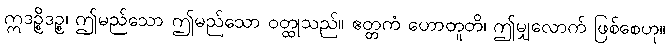
ဣဒဉ္စိဒဉ္စ၊ ဤမည်သော ဤမည်သော ဝတ္ထုသည်။ ဧတ္တကံ ဟောတူတိ၊ ဤမျှလောက် ဖြစ်စေဟု။